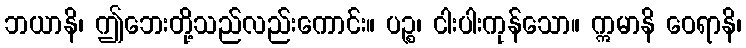
ဘယာနိ၊ ဤဘေးတို့သည်လည်းကောင်း။ ပဉ္စ၊ ငါးပါးကုန်သော။ ဣမာနိ ဝေရာနိ၊